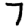
Digit: 7